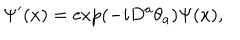
\Psi ^ { \prime } ( x ) = \exp ( - i D ^ { a } \theta _ { a } ) \Psi ( x ) ,